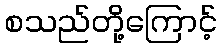
စသည်တို့ကြောင့်